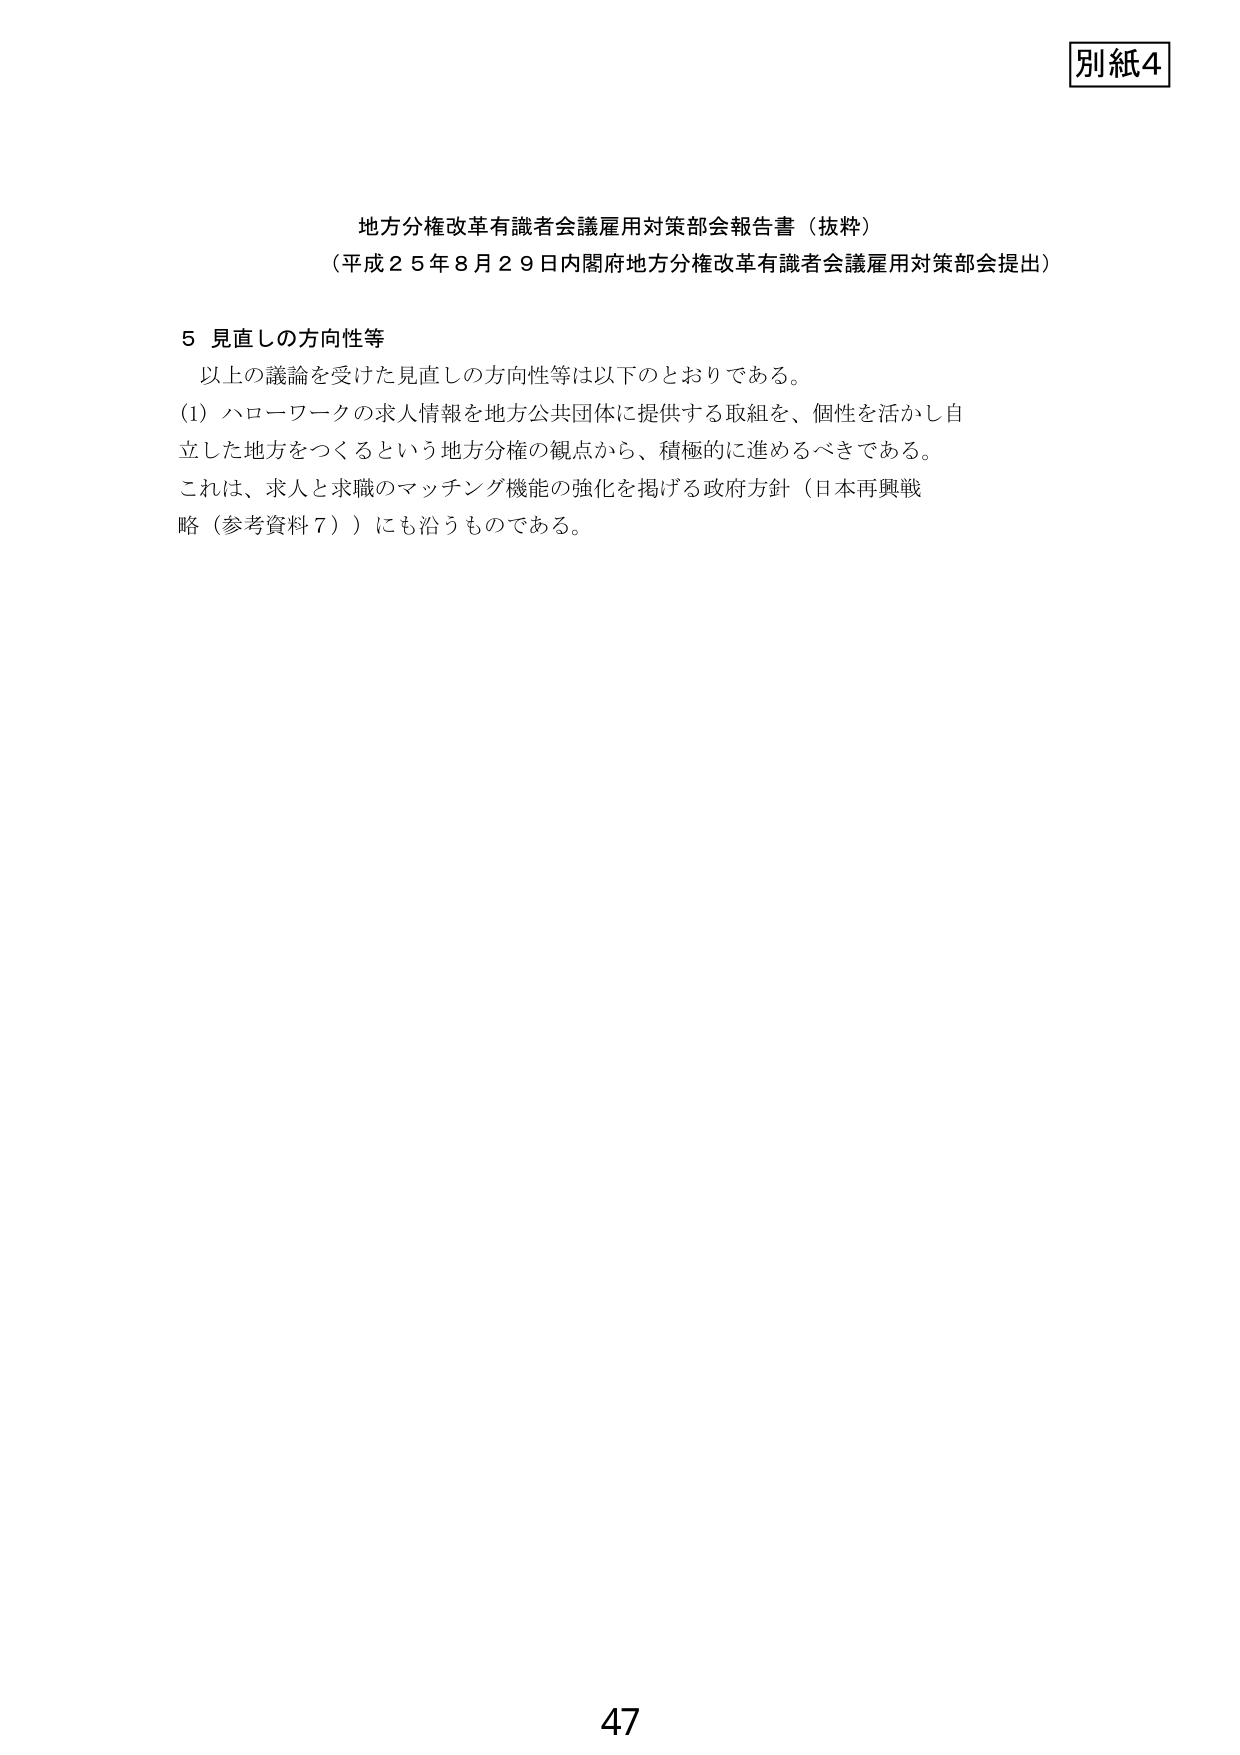
別紙4

地方分権改革有識者会議雇用対策部会報告書（抜粋）
（平成25年8月29日内閣府地方分権改革有識者会議雇用対策部会提出）

5 見直しの方向性等
以上の議論を受けた見直しの方向性等は以下のとおりである。
(1) ハローワークの求人情報を地方公共団体に提供する取組を、個性を活かし自立した地方をつくるという地方分権の観点から、積極的に進めるべきである。
これは、求人と求職のマッチング機能の強化を掲げる政府方針（日本再興戦略（参考資料7））にも沿うものである。

47